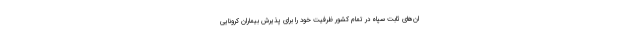
ان‌های ثابت سپاه در تمام کشور ظرفیت خود را برای پذیرش بیماران کرونایی